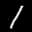
Label: 1